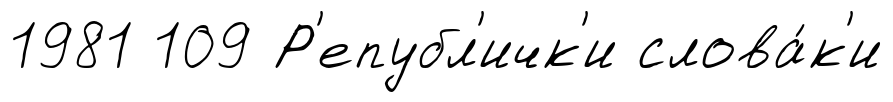
1981 109 Р'епубл'ичк'и слова́к'и